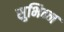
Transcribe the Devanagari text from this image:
सुभिन्न